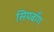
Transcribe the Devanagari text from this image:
सियबाँग